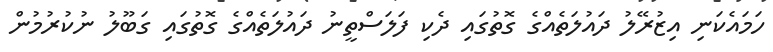
ހަމައެކަނި އިޒުރޭލު ދައުލަތެއްގެ ގޮތުގައި ދެކި ފަލަސްތީނު ދައުލަތެއްގެ ގޮތުގައި ގަބޫލު ނުކުރުމުން